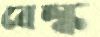
বেল্ক